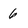
Character: 6